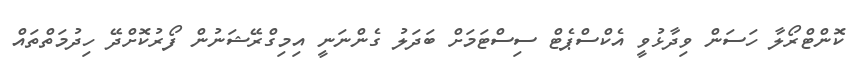
ކޮންޓްރޯލާ ހަސަން ވިދާޅުވީ އެކްސްޕެޓް ސިސްޓަމަށް ބަދަލު ގެންނަނީ އިމިގްރޭޝަނުން ފޯރުކޮށްދޭ ހިދުމަތްތައް